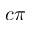
c \pi